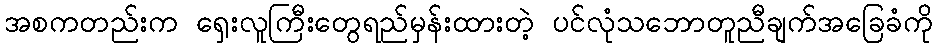
အစကတည်းက ရှေးလူကြီးတွေရည်မှန်းထားတဲ့ ပင်လုံသဘောတူညီချက်အခြေခံကို